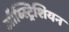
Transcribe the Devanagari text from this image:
ऑब्स्ट्रिशियन